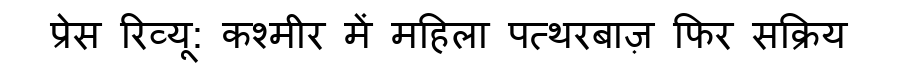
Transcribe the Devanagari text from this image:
प्रेस रिव्यू: कश्मीर में महिला पत्थरबाज़ फिर सक्रिय